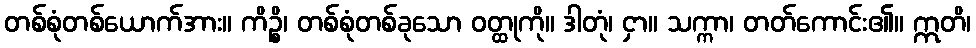
တစ်စုံတစ်ယောက်အား။ ကိဉ္စိ၊ တစ်စုံတစ်ခုသော ဝတ္ထုကို။ ဒါတုံ၊ ငှာ။ သက္ကာ၊ တတ်ကောင်း၏။ ဣတိ၊